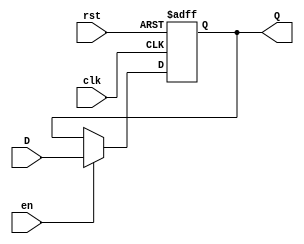
module InputRegister #(
    parameter WIDTH = 8 // Parameter for the width of the register
)(
    input wire clk,      // Clock signal
    input wire rst,      // Reset signal (active high)
    input wire en,       // Enable signal
    input wire [WIDTH-1:0] D, // Data input
    output reg [WIDTH-1:0] Q  // Data output
);

// Always block triggered on the clock edge
always @(posedge clk or posedge rst) begin
    if (rst) begin
        // Asynchronous reset
        Q <= {WIDTH{1'b0}}; // Clear the register to zero
    end else if (en) begin
        // Capture input data on clock edge if enabled
        Q <= D;
    end
    // If not reset and not enabled, retain the current value of Q
end

endmodule